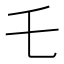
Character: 乇